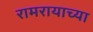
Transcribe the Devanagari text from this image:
रामरायाच्या